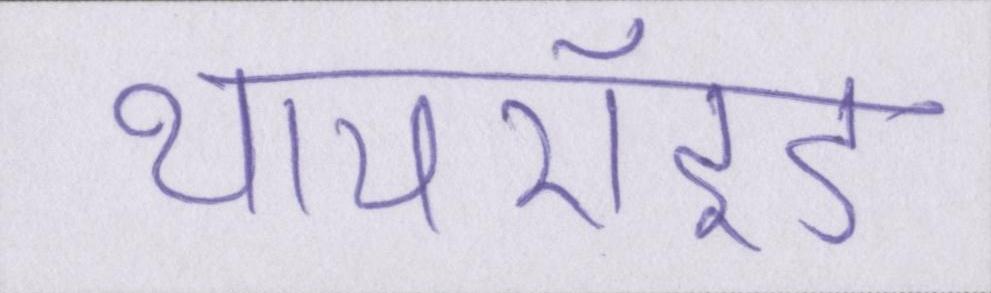
थायरॉइड